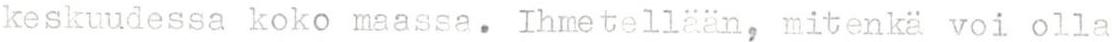
keskuudessa koko maassa. Ihmetellään, mitenkä voi olla